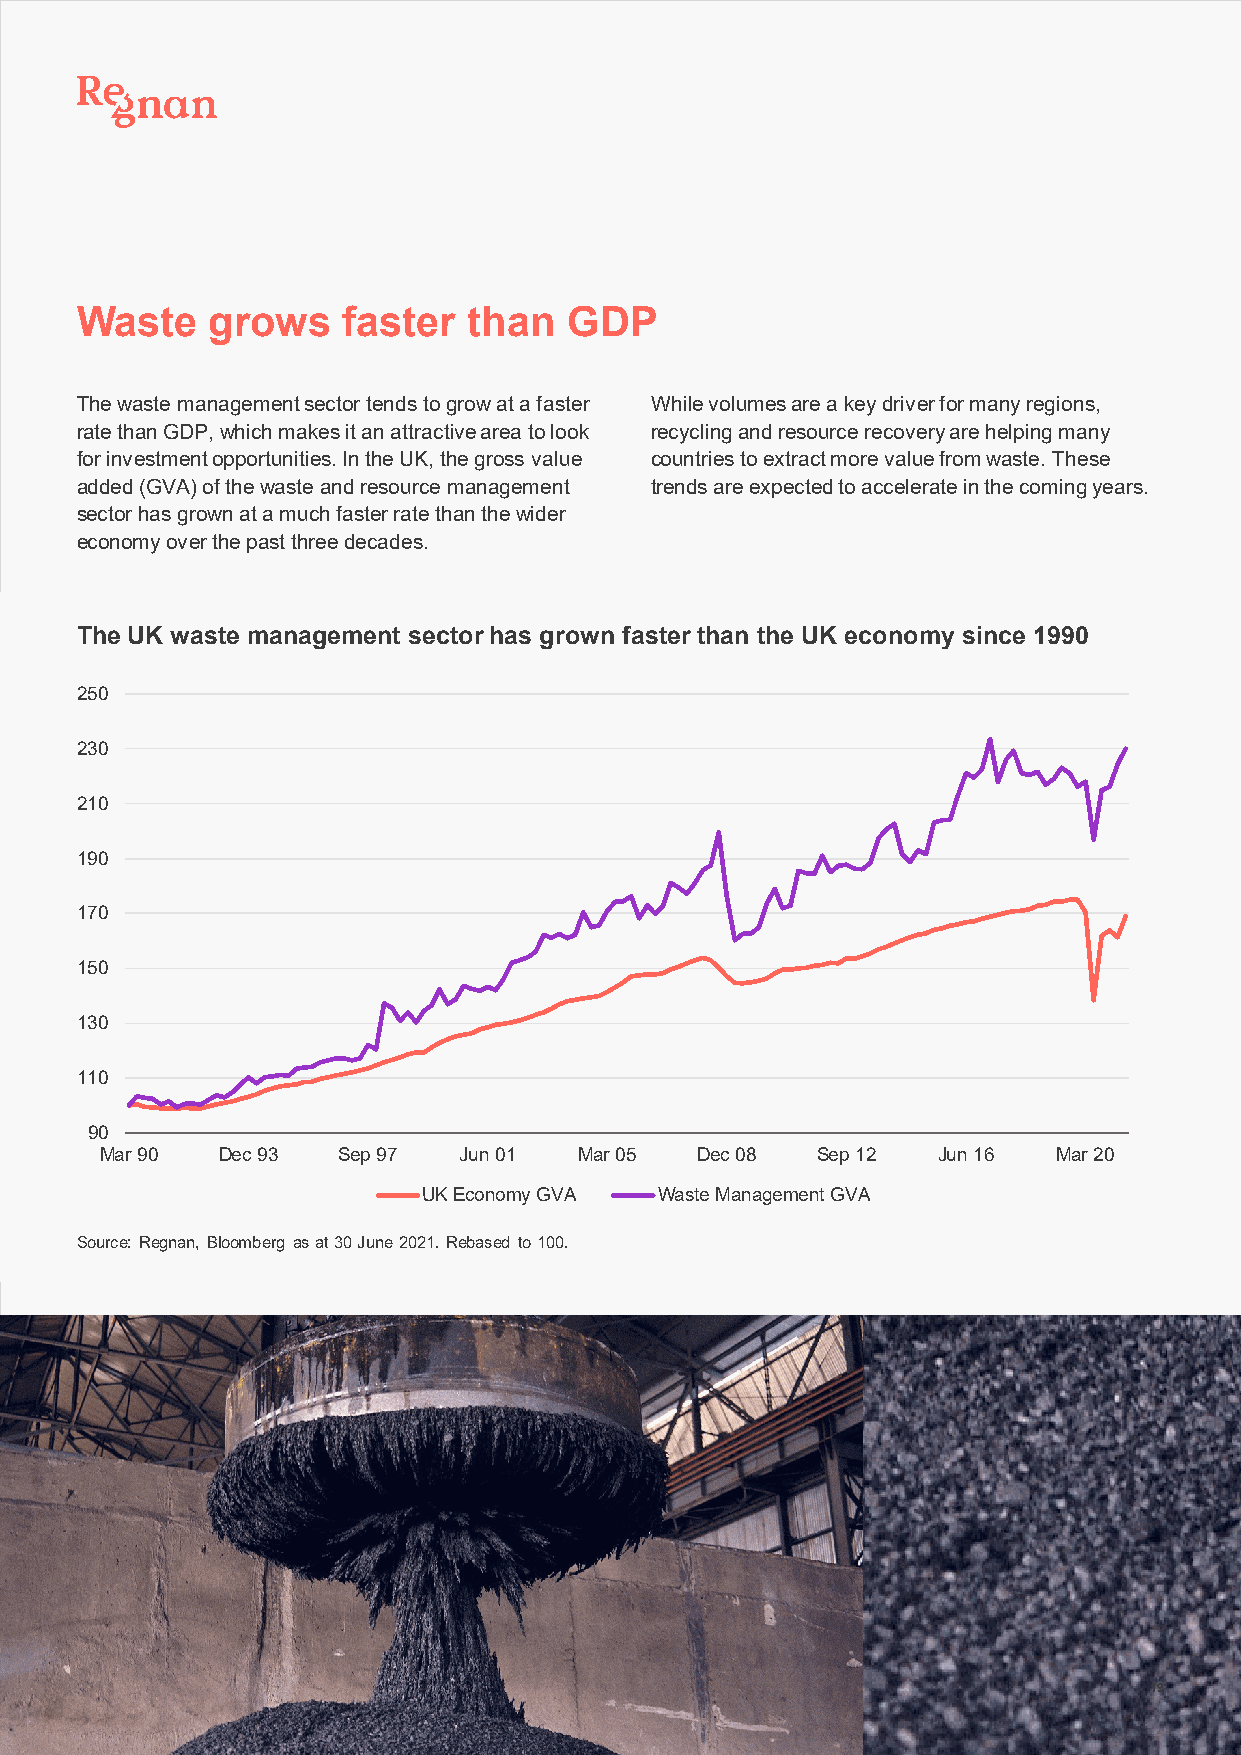
Waste    grows    faster  than   GDP
 The waste management sector tends to grow at a faster While volumes are a key driver for many regions,
 rate than GDP, which makes it an attractive area to look recycling and resource recovery are helping many
 for investment opportunities. In the UK, the gross value countries to extract more value from waste. These
 added (GVA) of the waste and resource management trends are expected to accelerate in the coming years.
 sector has grown at a much faster rate than the wider
 economy over the past three decades.
 The UK waste management sector has grown faster than the UK economy since 1990
 250
 230
 210
 190
 170
 150
 130
 110
 90
 Mar 90 Dec 93  Sep 97  Jun 01  Mar 05  Dec 08  Sep 12  Jun 16  Mar 20
 UK Economy GVA  Waste Management GVA
 Source: Regnan, Bloomberg as at 30 June 2021. Rebased to 100.
 19